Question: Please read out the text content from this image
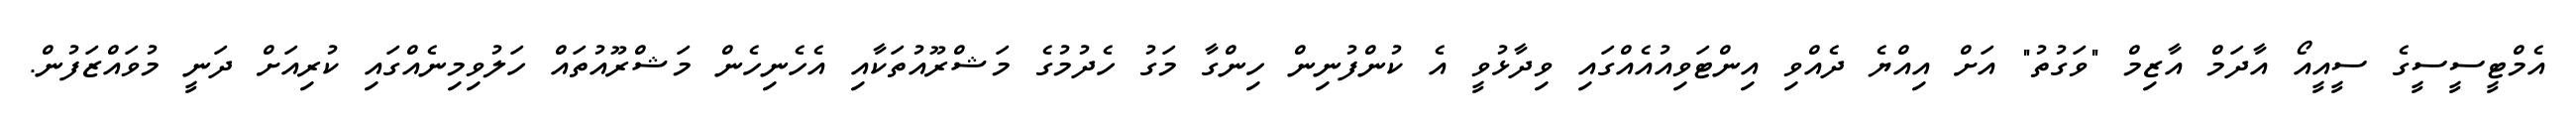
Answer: އެމްޓީސީސީގެ ސީއީއޯ އާދަމް އާޒިމް "ވަގުތު" އަށް އިއްޔެ ދެއްވި އިންޓަވިއުއެއްގައި ވިދާޅުވީ އެ ކުންފުނިން ހިންގާ މަގު ހެދުމުގެ މަޝްރޫއުތަކާއި އެހެނިހެން މަޝްރޫއުތައް ހަލުވިމިނެއްގައި ކުރިއަށް ދަނީ މުވައްޒަފުން.